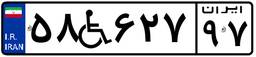
۶۱W۷۴۵۴۱